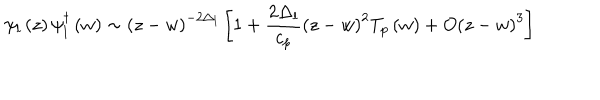
LaTeX: \psi _ { l } \left( z \right) \psi _ { l } ^ { \dagger } \left( w \right) \sim \left( z - w \right) ^ { - 2 \Delta _ { l } } \left[ 1 + \frac { 2 \Delta _ { l } } { c _ { p } } \left( z - w \right) ^ { 2 } T _ { p } \left( w \right) + O \left( z - w \right) ^ { 3 } \right]